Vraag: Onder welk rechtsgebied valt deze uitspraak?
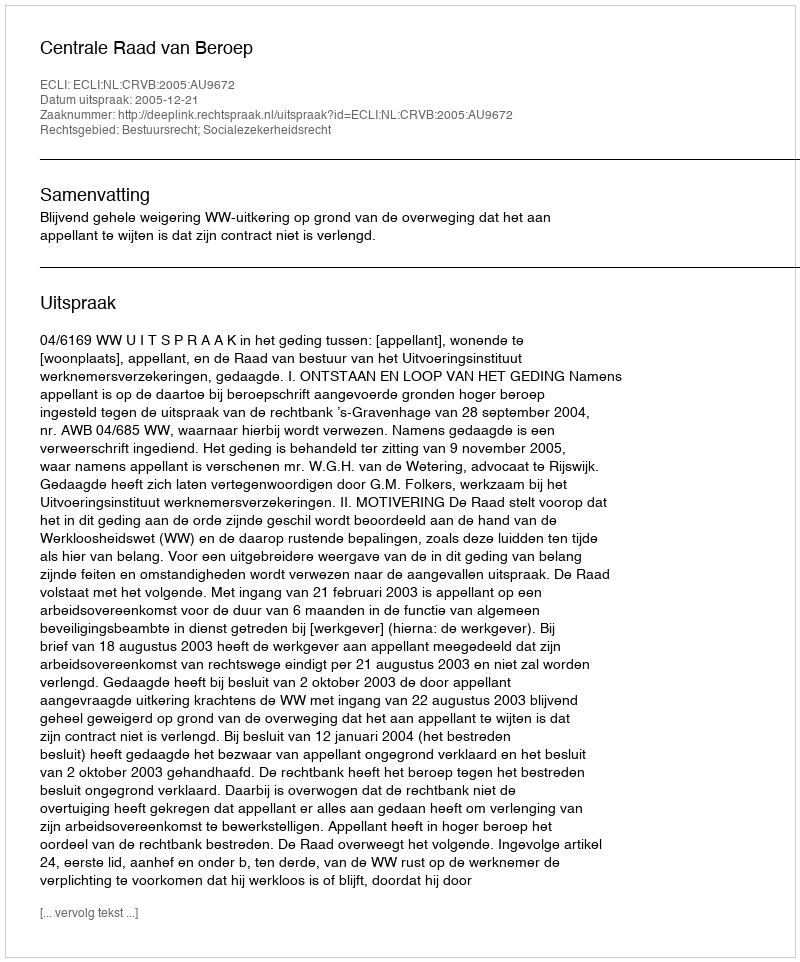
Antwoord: Bestuursrecht; Socialezekerheidsrecht